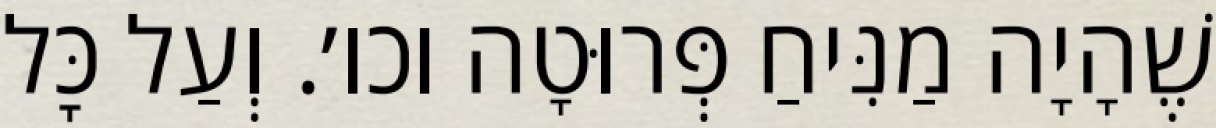
שֶׁהָיָה מַנִּיחַ פְּרוּטָה וכו׳. וְעַל כׇּל